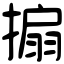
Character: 搧